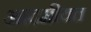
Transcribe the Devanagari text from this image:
आदमीयत